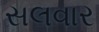
સલવાર